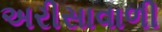
અરીસાવાળી